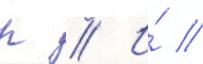
р // И́ //